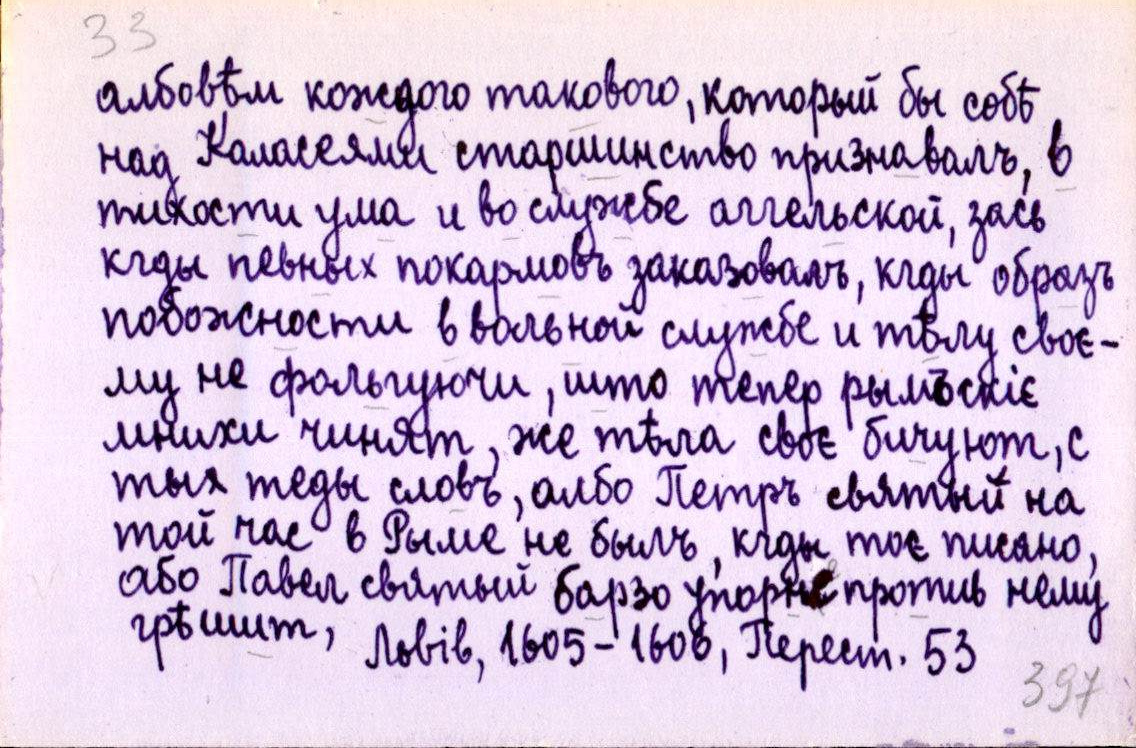
албовѣм кождого такового, который бы собѣ
над Каласеями старшинство признавалъ, в
тихости ума и во службе аггельской, зась
кгды певных покармовъ заказовалъ, кгды образъ
побожности в волной службе и тѣлу своє-
му не фольгуючи, што тепер рымъскіє
мнихи чинят, же тѣла своє бичуют, с
тых теды словъ, албо Петръ святый на
той час в Рыме не былъ, кгды тоє писано,
або Павел святый барзо упорне против нему
грѣшит,
Львів, 1605-1606, Перест. 53